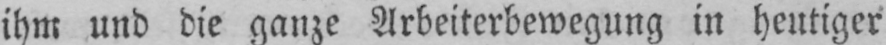
ihm und die ganze Arbeiterbewegung in heutiger